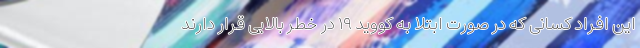
این افراد کسانی که در صورت ابتلا به کووید ۱۹ در خطر بالایی قرار دارند